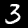
Digit: 3